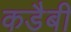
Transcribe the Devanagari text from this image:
कडैबी